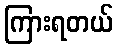
ကြားရတယ်